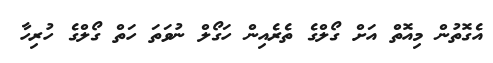
އެގޮތުން މިއޮތް އަށް ގޯލްގެ ތެރެއިން ހަގޯލް ނުވަތަ ހަތް ގޯލްގެ ހުރިހާ